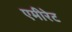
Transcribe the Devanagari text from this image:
एमीरेट